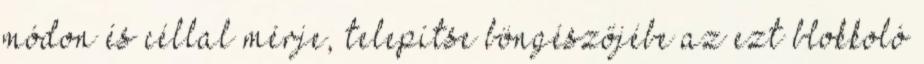
módon és céllal mérje, telepítse böngészőjébe az ezt blokkoló